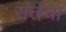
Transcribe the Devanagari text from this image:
संत्तेचा